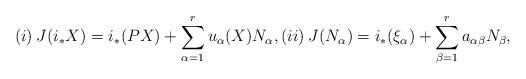
LaTeX: \begin{align*}(i) \: J(i_{*}X)=i_{*}(PX)+\sum_{\alpha=1}^{r}u_{\alpha}(X)N_{\alpha}, (ii) \: J(N_{\alpha})=i_{*}(\xi _{\alpha})+\sum_{\beta=1}^{r}a_{\alpha \beta} N_{\beta},\end{align*}